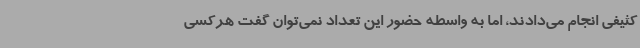
کثیفی انجام می‌دادند، اما به واسطه حضور این تعداد نمی‌توان گفت هرکسی